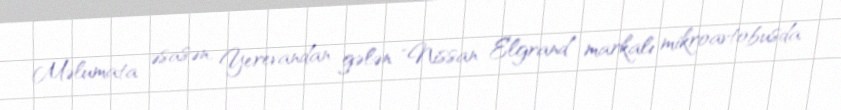
Məlumata əsasən, Yerevandan gələn "Nissan Elgrand" markalı mikroavtobusda